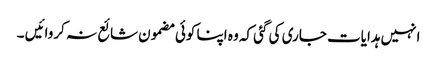
انہیں ہدایات جاری کی گئی کہ وہ اپنا کوئی مضمون شائع نہ کروائیں ۔